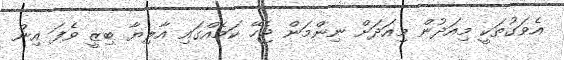
އެވަގުތަކީ މިއަދުން މިއަދަށް ނިންމަން ޖެހޭ ކަމެއްގައި އާލިޔާ ބިޒީ ވެފަ އިން